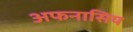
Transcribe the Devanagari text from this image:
अफनासिय